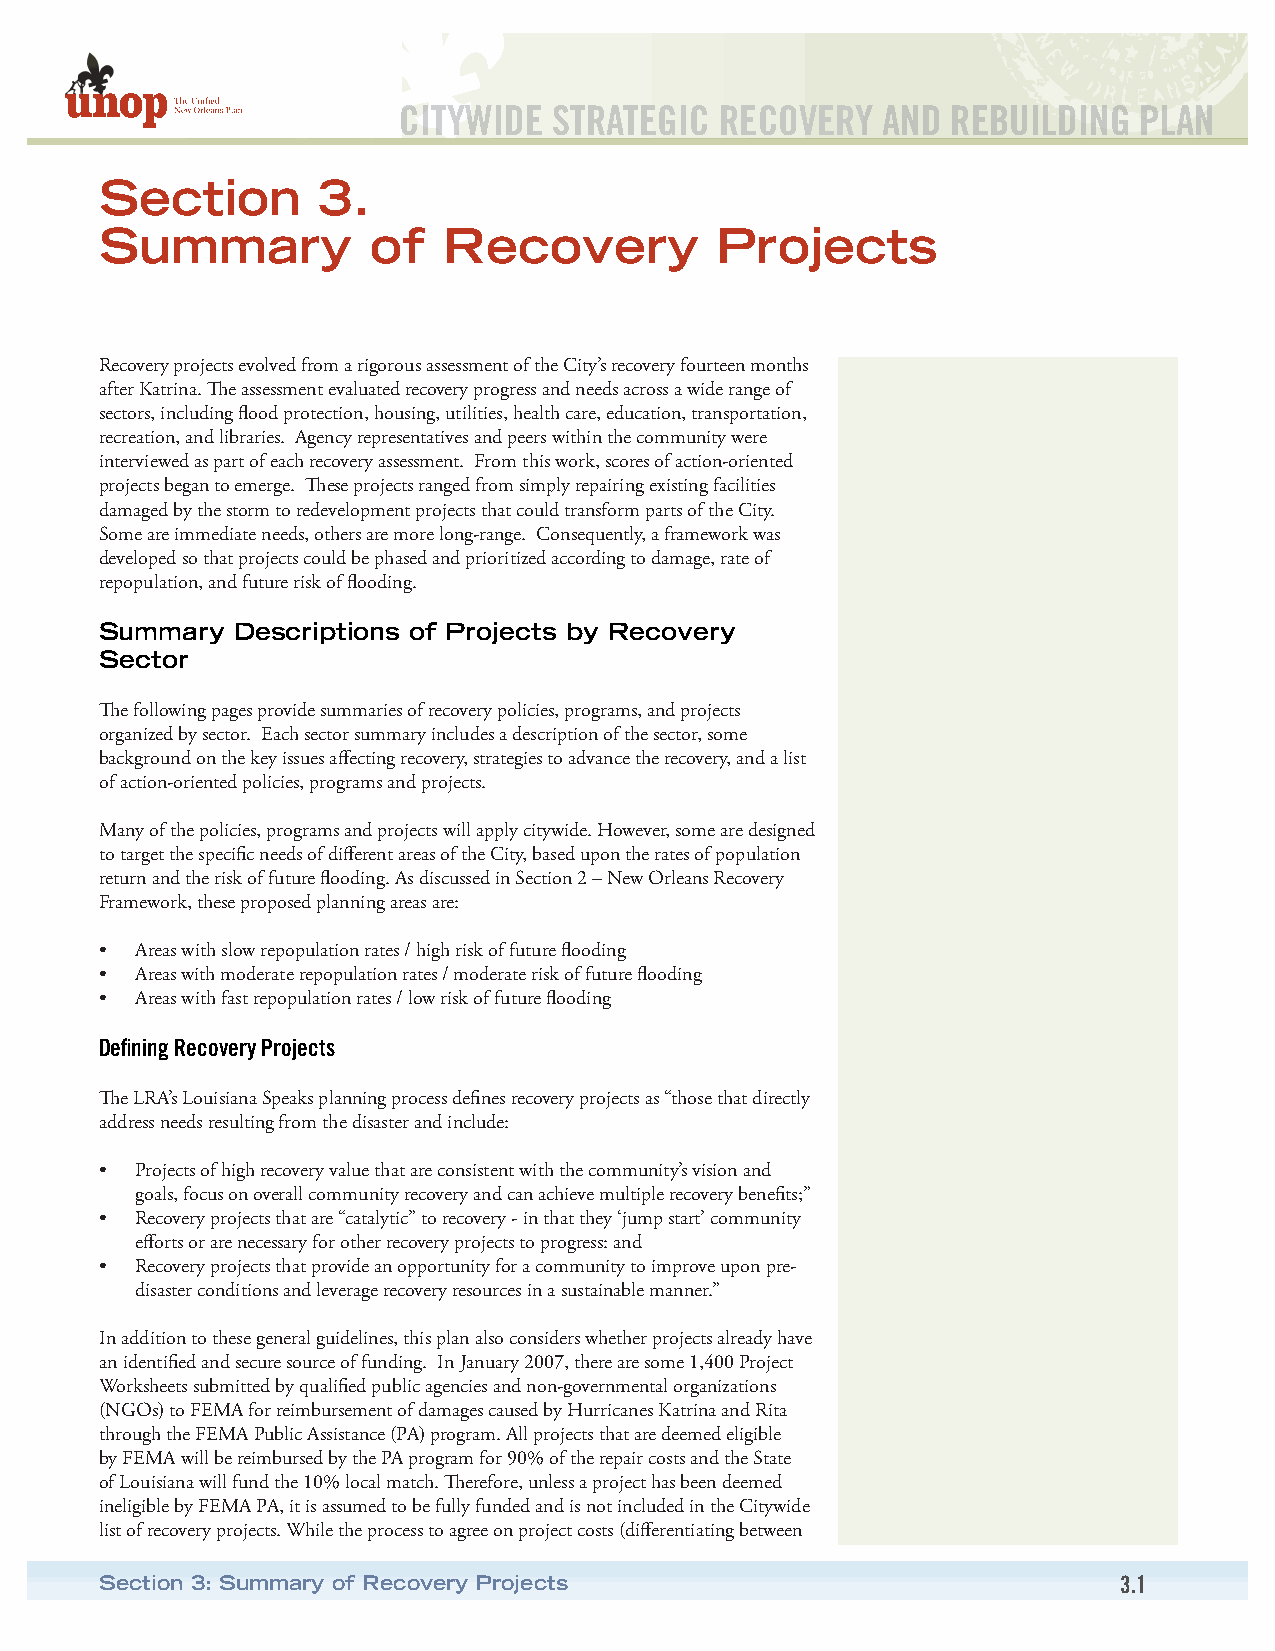
CITYWIDE   STRATEGIC  RECOVERY  AND  REBUILDING  PLAN
 Section       3.
 Summary          of   Recovery          Projects
 Recovery projects evolved from a rigorous assessment of the City’s recovery fourteen months
 after Katrina. The assessment evaluated recovery progress and needs across a wide range of
 sectors, including flood protection, housing, utilities, health care, education, transportation,
 recreation, and libraries. Agency representatives and peers within the community were
 interviewed as part of each recovery assessment. From this work, scores of action-oriented
 projects began to emerge. These projects ranged from simply repairing existing facilities
 damaged by the storm to redevelopment projects that could transform parts of the City.
 Some are immediate needs, others are more long-range. Consequently, a framework was
 developed so that projects could be phased and prioritized according to damage, rate of
 repopulation, and future risk of flooding.
 Summary  Descriptions of Projects by Recovery
 Sector
 The following pages provide summaries of recovery policies, programs, and projects
 organized by sector. Each sector summary includes a description of the sector, some
 background on the key issues affecting recovery, strategies to advance the recovery, and a list
 of action-oriented policies, programs and projects.
 Many of the policies, programs and projects will apply citywide. However, some are designed
 to target the specific needs of different areas of the City, based upon the rates of population
 return and the risk of future flooding. As discussed in Section 2 – New Orleans Recovery
 Framework, these proposed planning areas are:
 • Areas with slow repopulation rates / high risk of future flooding
 • Areas with moderate repopulation rates / moderate risk of future flooding
 • Areas with fast repopulation rates / low risk of future flooding
 Defining Recovery Projects
 The LRA’s Louisiana Speaks planning process defines recovery projects as “those that directly
 address needs resulting from the disaster and include:
 • Projects of high recovery value that are consistent with the community’s vision and
 goals, focus on overall community recovery and can achieve multiple recovery benefits;”
 • Recovery projects that are “catalytic” to recovery - in that they ‘jump start’ community
 efforts or are necessary for other recovery projects to progress: and
 • Recovery projects that provide an opportunity for a community to improve upon pre-
 disaster conditions and leverage recovery resources in a sustainable manner.”
 In addition to these general guidelines, this plan also considers whether projects already have
 an identified and secure source of funding. In January 2007, there are some 1,400 Project
 Worksheets submitted by qualified public agencies and non-governmental organizations
 (NGOs) to FEMA for reimbursement of damages caused by Hurricanes Katrina and Rita
 through the FEMA Public Assistance (PA) program. All projects that are deemed eligible
 by FEMA will be reimbursed by the PA program for 90% of the repair costs and the State
 of Louisiana will fund the 10% local match. Therefore, unless a project has been deemed
 ineligible by FEMA PA, it is assumed to be fully funded and is not included in the Citywide
 list of recovery projects. While the process to agree on project costs (differentiating between
 Section 3: Summary of Recovery Projects                            3.1